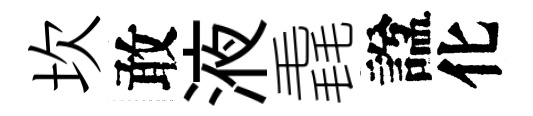
坎敢液毳諡化